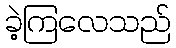
ခဲ့ကြလေသည်